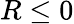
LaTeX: R\leq 0